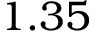
1 . 3 5